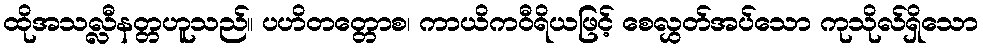
ထိုအသလ္လီနတ္တဟူသည်။ ပဟိတတ္တောစ၊ ကာယိကဝီရိယဖြင့် စေလွှတ်အပ်သော ကုသိုလ်ရှိသော